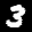
Label: 3